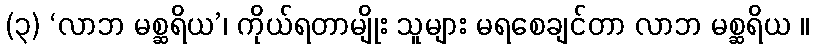
(၃) ‘လာဘ မစ္ဆရိယ’၊ ကိုယ်ရတာမျိုး သူများ မရစေချင်တာ လာဘ မစ္ဆရိယ ။